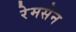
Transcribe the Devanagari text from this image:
रेमसेन